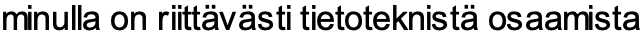
minulla on riittävästi tietoteknistä osaamista